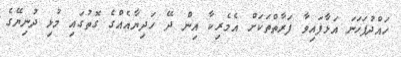
ހައްދުފަހަނަ އަޅާފައިވާ ފަރާތްތަކަށް އެމެރިކާ އިން ދޭ ހަދިޔާއެއްގެ ގޮތުގައި މުޅި ދުނިޔޭގެ